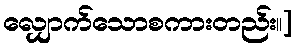
လျှောက်သောစကားတည်း၊၊]